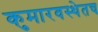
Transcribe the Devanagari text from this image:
कुमारवस्थेतच